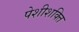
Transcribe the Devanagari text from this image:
पेशीशक्ति